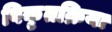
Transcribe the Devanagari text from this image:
विकृतक्रिया